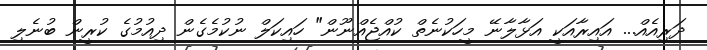
ދަރިއެއް... އައިރާއަކީ އަޅާލާނޭ މީހަކުނެތް ކުއްޖެއްނޫން" ހައިކަލް ނުކުމެގެން ދިއުމުގެ ކުރީން ބުނެލި